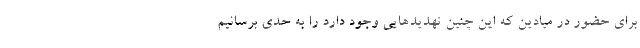
برای حضور در میادین که این چنین تهدیدهایی وجود دارد را به حدی برسانیم